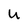
Character: u